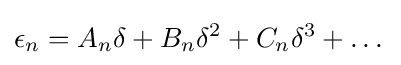
\epsilon _{n}=A_{n}\delta +B_{n}\delta ^{2}+C_{n}\delta ^{3}+\dotsc